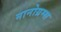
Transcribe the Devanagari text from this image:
नानोग्रम्स